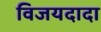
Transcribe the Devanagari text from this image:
विजयदादा